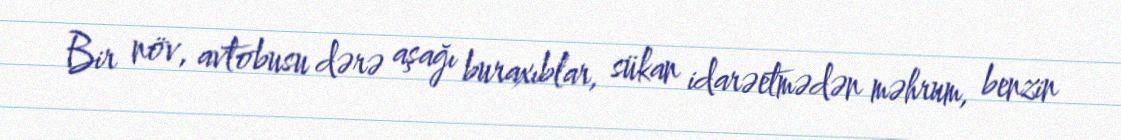
Bir növ, avtobusu dərə aşağı buraxıblar, sükan idarəetmədən məhrum, benzin